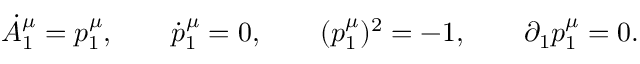
\dot { A } _ { 1 } ^ { \mu } = p _ { 1 } ^ { \mu } , \qquad \dot { p } _ { 1 } ^ { \mu } = 0 , \qquad ( p _ { 1 } ^ { \mu } ) ^ { 2 } = - 1 , \qquad \partial _ { 1 } p _ { 1 } ^ { \mu } = 0 .